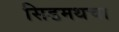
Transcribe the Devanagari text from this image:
सिडमथचा